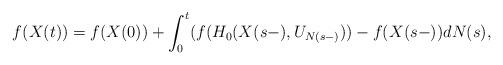
LaTeX: \begin{align*}f(X(t))=f(X(0))+\int_0^t(f(H_0(X(s-),U_{N(s-)}))-f(X(s-))dN(s),\end{align*}